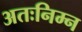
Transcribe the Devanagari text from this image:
अतःनिम्न